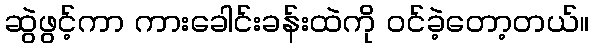
ဆွဲဖွင့်ကာ ကားခေါင်းခန်းထဲကို ဝင်ခဲ့တော့တယ်။